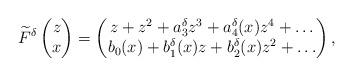
LaTeX: \begin{align*}\widetilde{F}^\delta\begin{pmatrix}z\\x \end{pmatrix} = \begin{pmatrix}z+ z^2 + a_3^\delta z^3 + a_4^\delta(x)z^4 +\dots \\ b_0(x) + b_1^\delta(x)z+ b_2^\delta(x)z^2 +\dots \end{pmatrix},\end{align*}